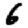
Digit: 6